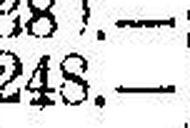
248.—